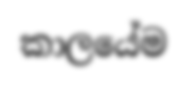
කාලයේම